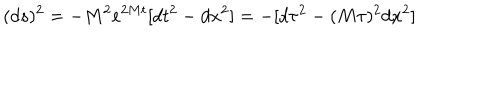
LaTeX: ( d s ) ^ { 2 } = - M ^ { 2 } e ^ { 2 M t } [ d t ^ { 2 } - d x ^ { 2 } ] = - [ d \tau ^ { 2 } - ( M \tau ) ^ { 2 } d x ^ { 2 } ]